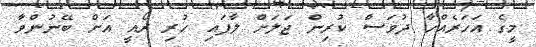
މީގެ އަހަރެއްހާ ދުވަސް ކުރިން ޖަލަށް ލާފައި ހުރި ރޯއީ އަށް ބޭނުންވާ